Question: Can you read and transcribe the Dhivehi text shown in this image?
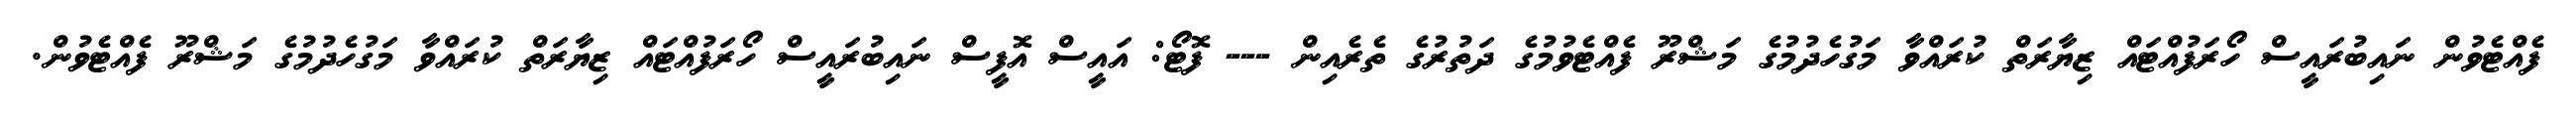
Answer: ފެއްޓެވުން ނައިބުރައީސް ހޯރަފުއްޓައް ޒިޔާރަތް ކުރައްވާ މަގުހެދުމުގެ މަޝްރޫ ފެއްޓެވުމުގެ ދަތުރުގެ ތެރެއިން --- ފޮޓޯ: އައީސް އޮފީސް ނައިބުރައީސް ހޯރަފުއްޓައް ޒިޔާރަތް ކުރައްވާ މަގުހެދުމުގެ މަޝްރޫ ފެއްޓެވުން.